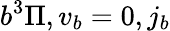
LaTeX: b^{3}\Pi,v_{b}=0,j_{b}